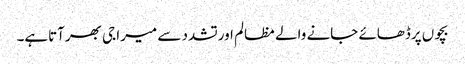
بچوں پرڈھائے جانے والے مظالم اورتشدد سے میرا جی بھرآتاہے۔